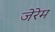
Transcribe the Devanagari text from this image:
जेरेम